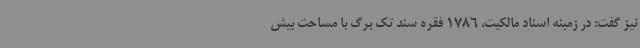
نیز گفت: در زمینه اسناد مالکیت، 1786 فقره سند تک برگ با مساحت بیش